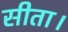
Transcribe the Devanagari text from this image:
सीता।